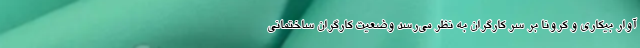
آوار بیکاری و کرونا بر سر کارگران به نظر می‌رسد وضعیت کارگران ساختمانی